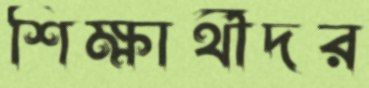
শিক্ষার্থীদর